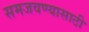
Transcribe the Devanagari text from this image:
समजवण्यासाठी